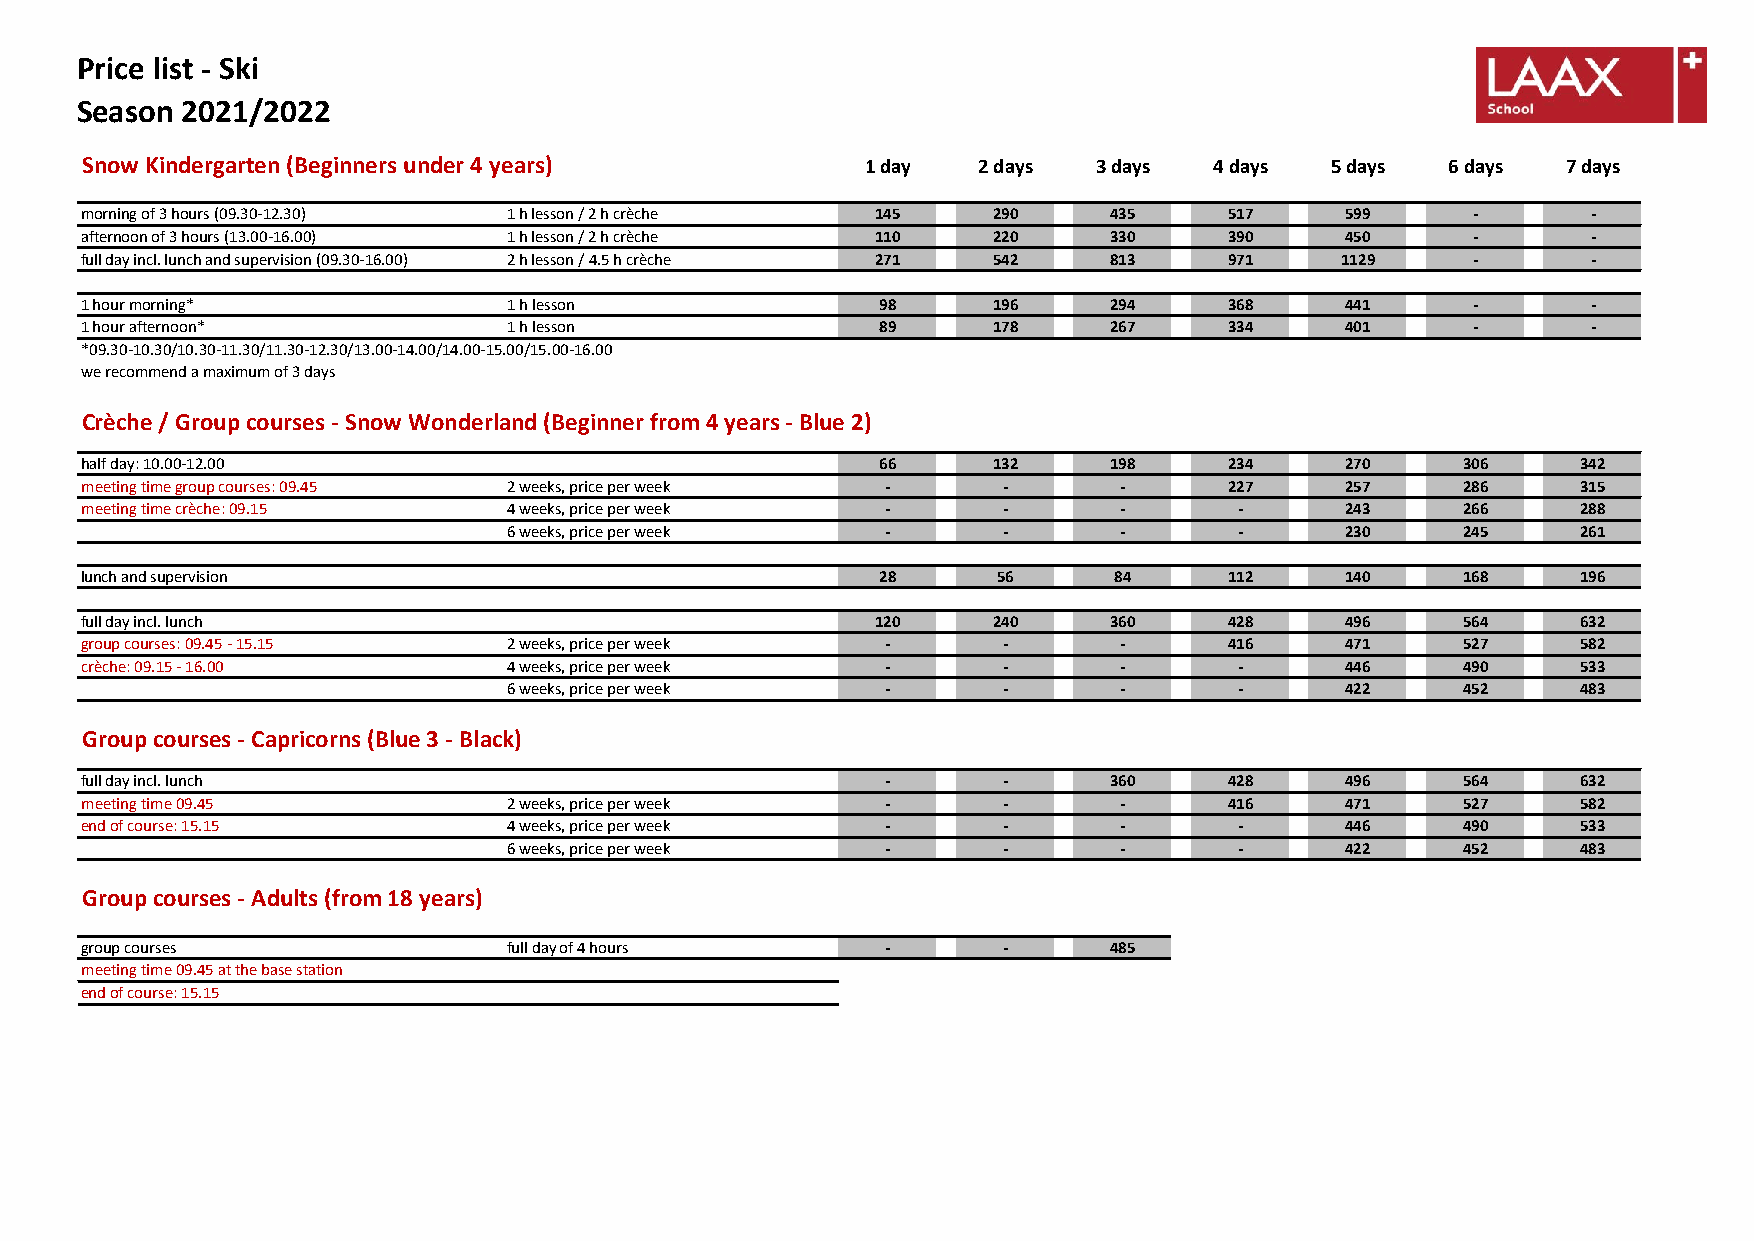
Price list - Ski
 Season 2021/2022
 Snow Kindergarten (Beginners under 4 years)         1 day   2 days  3 days 4 days  5 days  6 days  7 days
 morning of 3 hours (09.30-12.30) 1 h lesson / 2 h crèche 145 290    435     517     599      -      -
 afternoon of 3 hours (13.00-16.00) 1 h lesson / 2 h crèche 110 220  330     390     450      -      -
 full day incl. lunch and supervision (09.30-16.00) 2 h lesson / 4.5 h crèche 271 542 813 971 1129 - -
 1 hour morning*              1 h lesson              98      196    294     368     441      -      -
 1 hour afternoon*            1 h lesson              89      178    267     334     401      -      -
 *09.30-10.30/10.30-11.30/11.30-12.30/13.00-14.00/14.00-15.00/15.00-16.00
 we recommend a maximum of 3 days
 Crèche / Group courses - Snow Wonderland (Beginner from 4 years - Blue 2)
 half day: 10.00-12.00                                66      132    198     234     270     306     342
 meeting time group courses: 09.45 2 weeks, price per week -  -       -      227     257     286     315
 meeting time crèche: 09.15   4 weeks, price per week  -      -       -       -      243     266     288
 6 weeks, price per week  -      -       -       -      230     245     261
 lunch and supervision                                28      56      84     112     140     168     196
 full day incl. lunch                                 120     240    360     428     496     564     632
 group courses: 09.45 - 15.15 2 weeks, price per week  -      -       -      416     471     527     582
 crèche: 09.15 - 16.00        4 weeks, price per week  -      -       -       -      446     490     533
 6 weeks, price per week  -      -       -       -      422     452     483
 Group courses - Capricorns (Blue 3 - Black)
 full day incl. lunch                                  -      -      360     428     496     564     632
 meeting time 09.45           2 weeks, price per week  -      -       -      416     471     527     582
 end of course: 15.15         4 weeks, price per week  -      -       -       -      446     490     533
 6 weeks, price per week  -      -       -       -      422     452     483
 Group courses - Adults (from 18 years)
 group courses                full day of 4 hours      -      -      485
 meeting time 09.45 at the base station
 end of course: 15.15